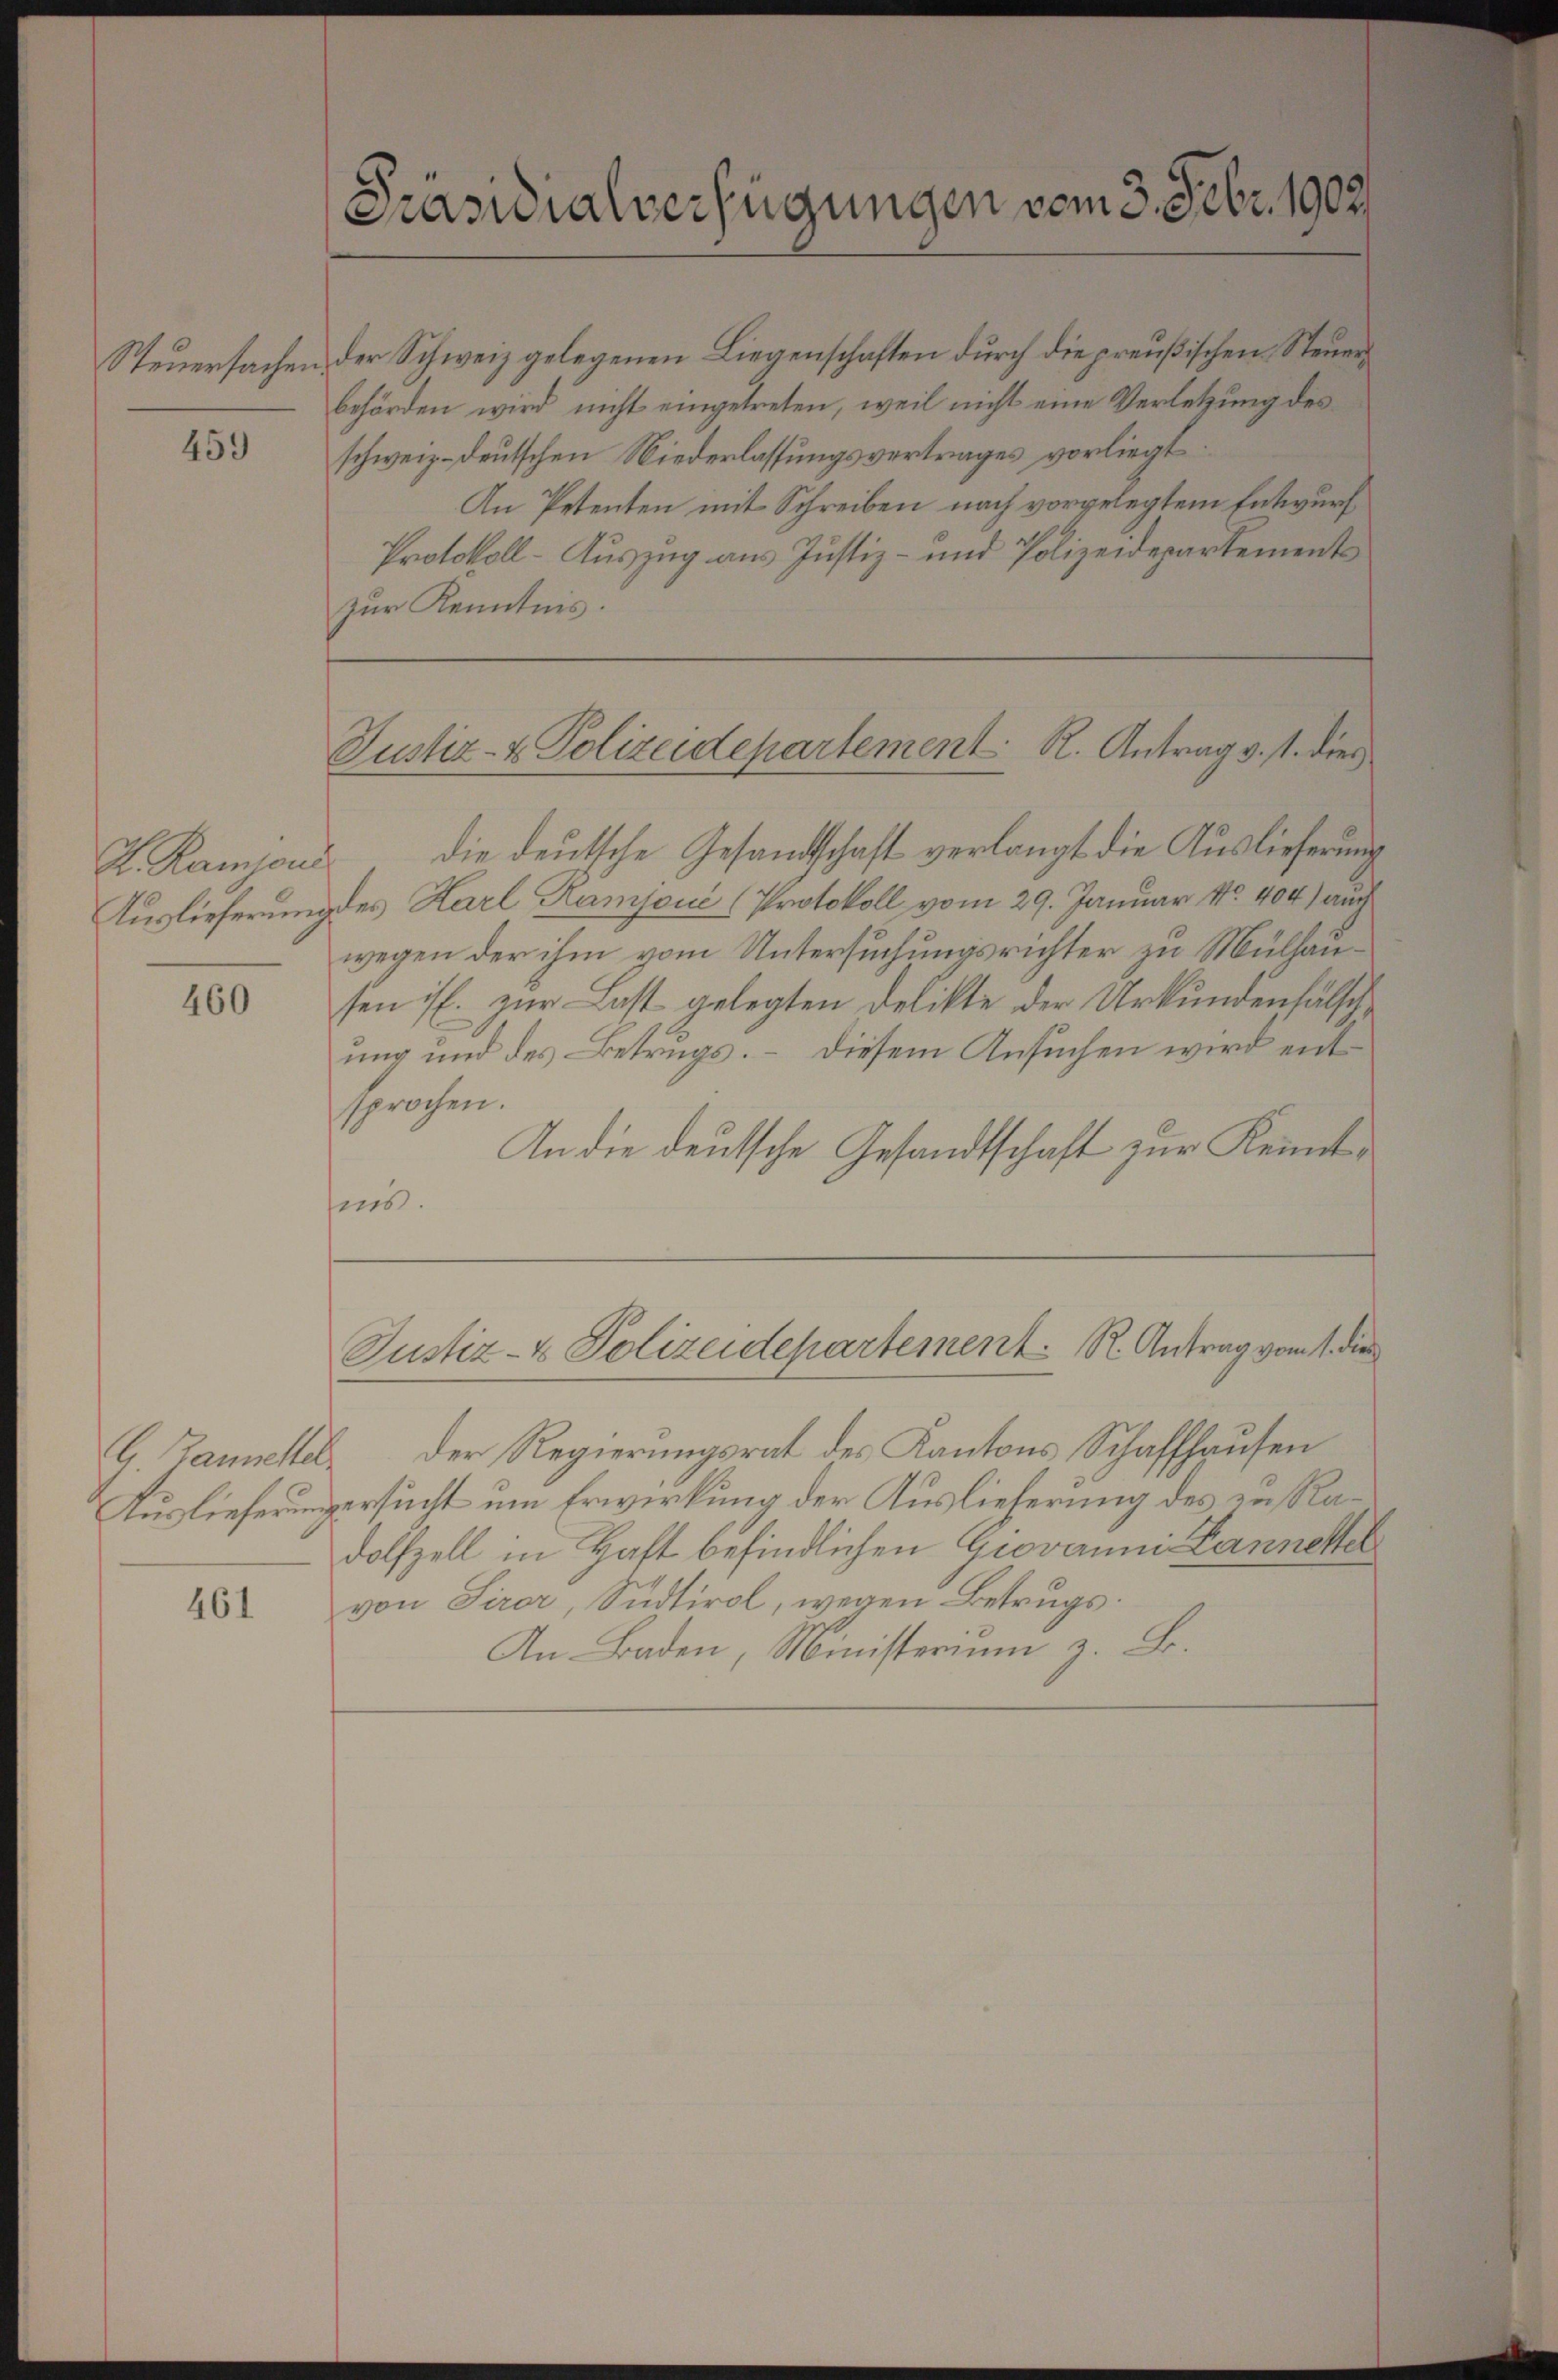
Steuersachen.

459

H. Ramoni
Auslieferung

460

461

Präsidialverfügungen vom 3. Febr. 1902

Justiz- & Polizeidepartement R. Antrag v. 1. dies

der Schweiz gelegenen Liegenschaften durch die preußischen Steuerbehörden wird nicht eingetreten, weil nicht eine Verletzung des
schweiz deutschen Niederlassungsvertrages vorliegt:
An Petenten mit Schreiben nach vorgelegtem Entwurf
Protokoll-Auszug aus Justiz- und Polizeidepartements
zur Kenntnis.
die deutsche Gesandtschaft verlangt die Auslieferung
des Harl Ramjoué (Protokoll vom 29. Januar No. 404) auch
wegen der ihm vom Untersuchungsrichter zu Mülhausen ist. zur Last gelegten Delikte der Urkundenhälschung und des Betrugs. – Diesem Ansuchen wird entsprochen.
An die deutsche Gesandtschaft zur Kennte
sens.

Justiz- & Polizeidepartement. R. Antrag vom 1. die

G. Tannehel. Der Regierungsrat des Kantons Schaffhausen
Auslieferungersucht um Erwirkung der Auslieferung des zu Radolfzell in Haft befindlichen Giovanni- Lannettel
von Sirer, Südtirol, wegen Betrugs:
An Baden, Ministerium z. B.